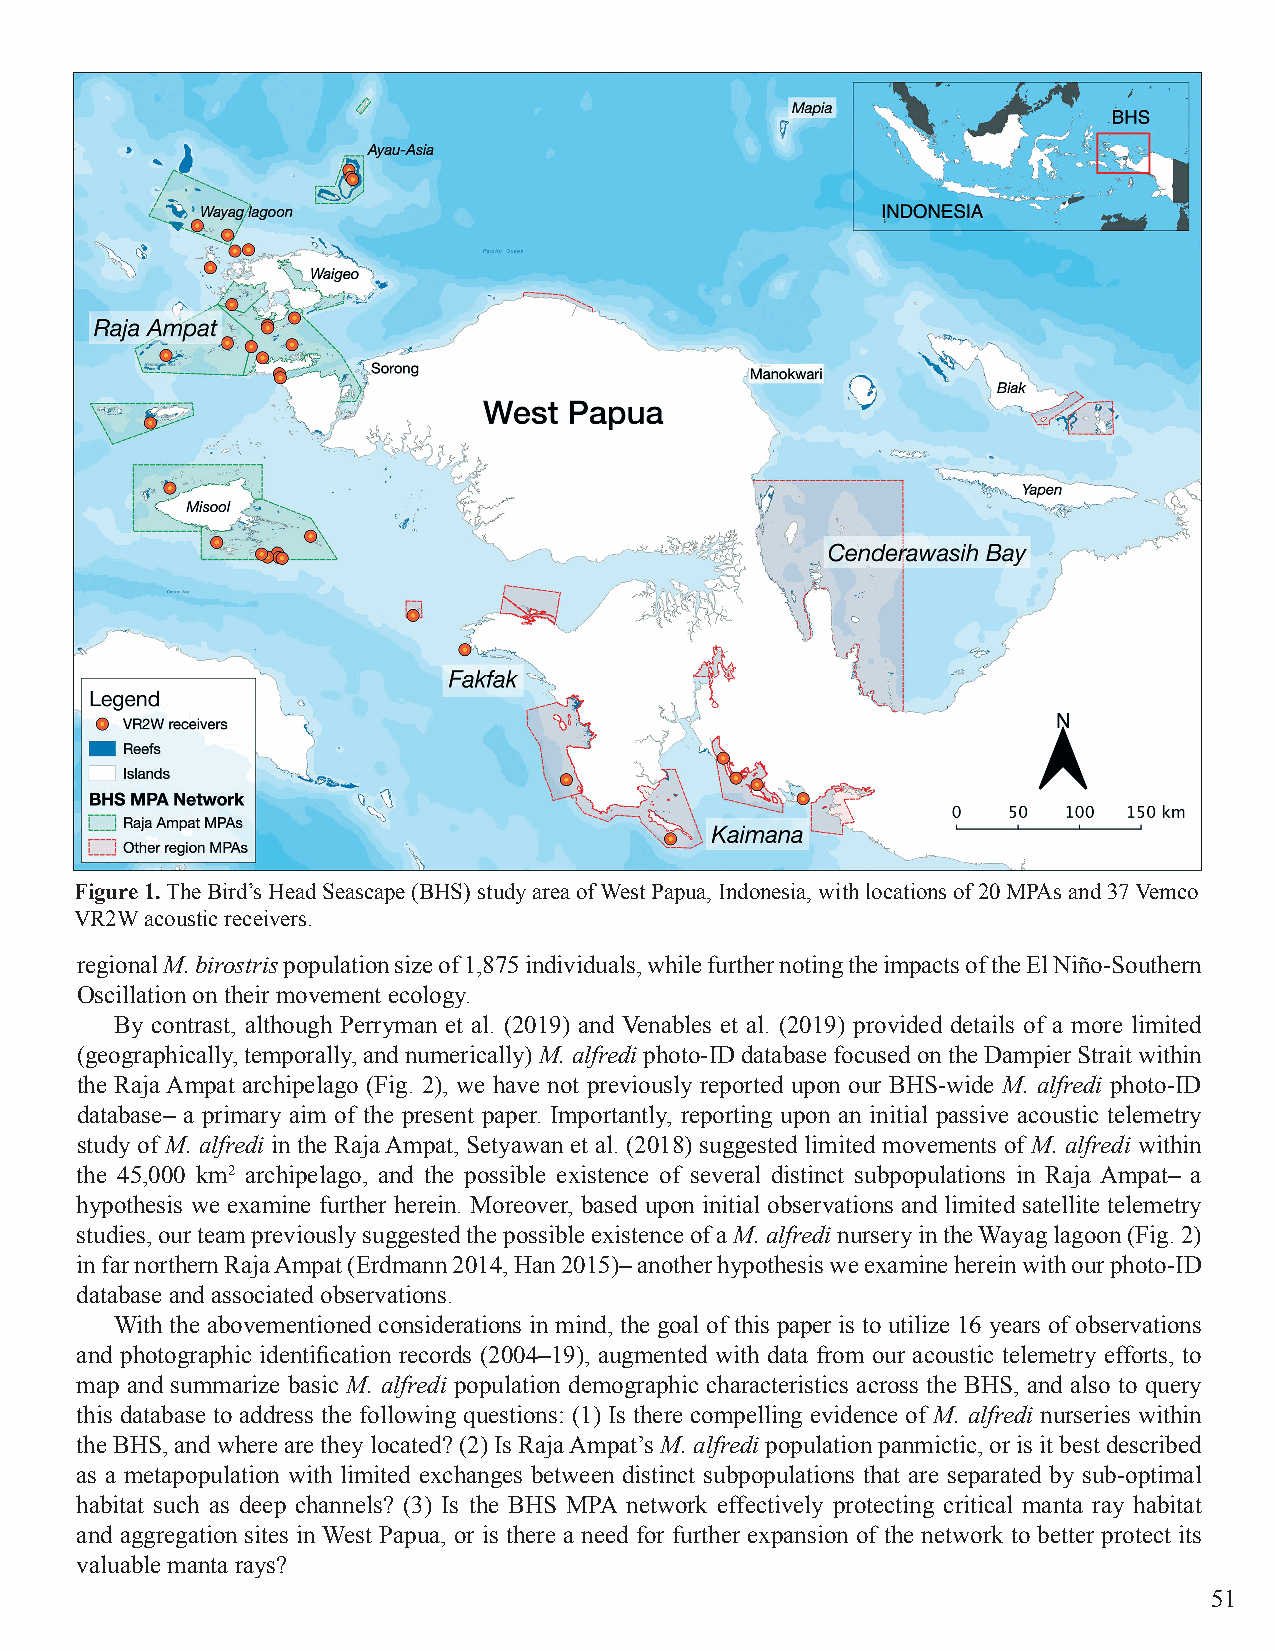
Figure 1. The Bird’s Head Seascape (BHS) study area of West Papua, Indonesia, with locations of 20 MPAs and 37 Vemco
 VR2W acoustic receivers.
 regional M. birostris population size of 1,875 individuals, while further noting the impacts of the El Niño-Southern
 Oscillation on their movement ecology.
 By contrast, although Perryman et al. (2019) and Venables et al. (2019) provided details of a more limited
 (geographically, temporally, and numerically) M. alfredi photo-ID database focused on the Dampier Strait within
 the Raja Ampat archipelago (Fig. 2), we have not previously reported upon our BHS-wide M. alfredi photo-ID
 database– a primary aim of the present paper. Importantly, reporting upon an initial passive acoustic telemetry
 study of M. alfredi in the Raja Ampat, Setyawan et al. (2018) suggested limited movements of M. alfredi within
 the 45,000 km2 archipelago, and the possible existence of several distinct subpopulations in Raja Ampat– a
 hypothesis we examine further herein. Moreover, based upon initial observations and limited satellite telemetry
 studies, our team previously suggested the possible existence of a M. alfredi nursery in the Wayag lagoon (Fig. 2)
 in far northern Raja Ampat (Erdmann 2014, Han 2015)– another hypothesis we examine herein with our photo-ID
 database and associated observations.
 With the abovementioned considerations in mind, the goal of this paper is to utilize 16 years of observations
 and photographic identification records (2004–19), augmented with data from our acoustic telemetry efforts, to
 map and summarize basic M. alfredi population demographic characteristics across the BHS, and also to query
 this database to address the following questions: (1) Is there compelling evidence of M. alfredi nurseries within
 the BHS, and where are they located? (2) Is Raja Ampat’s M. alfredi population panmictic, or is it best described
 as a metapopulation with limited exchanges between distinct subpopulations that are separated by sub-optimal
 habitat such as deep channels? (3) Is the BHS MPA network effectively protecting critical manta ray habitat
 and aggregation sites in West Papua, or is there a need for further expansion of the network to better protect its
 valuable manta rays?
 51